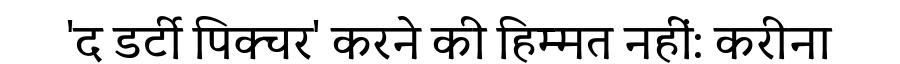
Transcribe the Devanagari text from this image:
'द डर्टी पिक्चर' करने की हिम्मत नहीं: करीना